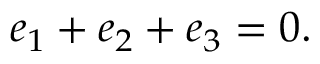
e _ { 1 } + e _ { 2 } + e _ { 3 } = 0 .